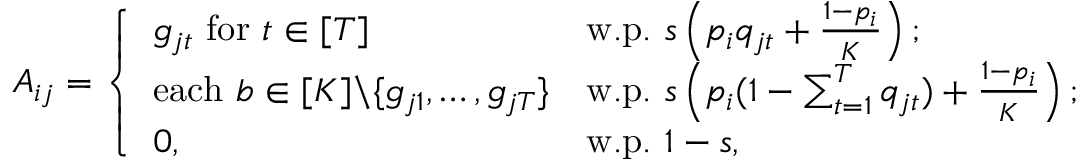
A _ { i j } = \left\{ \begin{array} { l l } { g _ { j t } \mathrm { ~ f o r ~ } t \in [ T ] } & { \mathrm { w . p . ~ } s \left( p _ { i } q _ { j t } + \frac { 1 - p _ { i } } { K } \right) ; } \\ { \mathrm { e a c h ~ } b \in [ K ] \backslash \{ g _ { j 1 } , \dots , g _ { j T } \} } & { \mathrm { w . p . ~ } s \left( p _ { i } ( 1 - \sum _ { t = 1 } ^ { T } q _ { j t } ) + \frac { 1 - p _ { i } } { K } \right) ; } \\ { 0 , } & { \mathrm { w . p . ~ } 1 - s , } \end{array} \right.